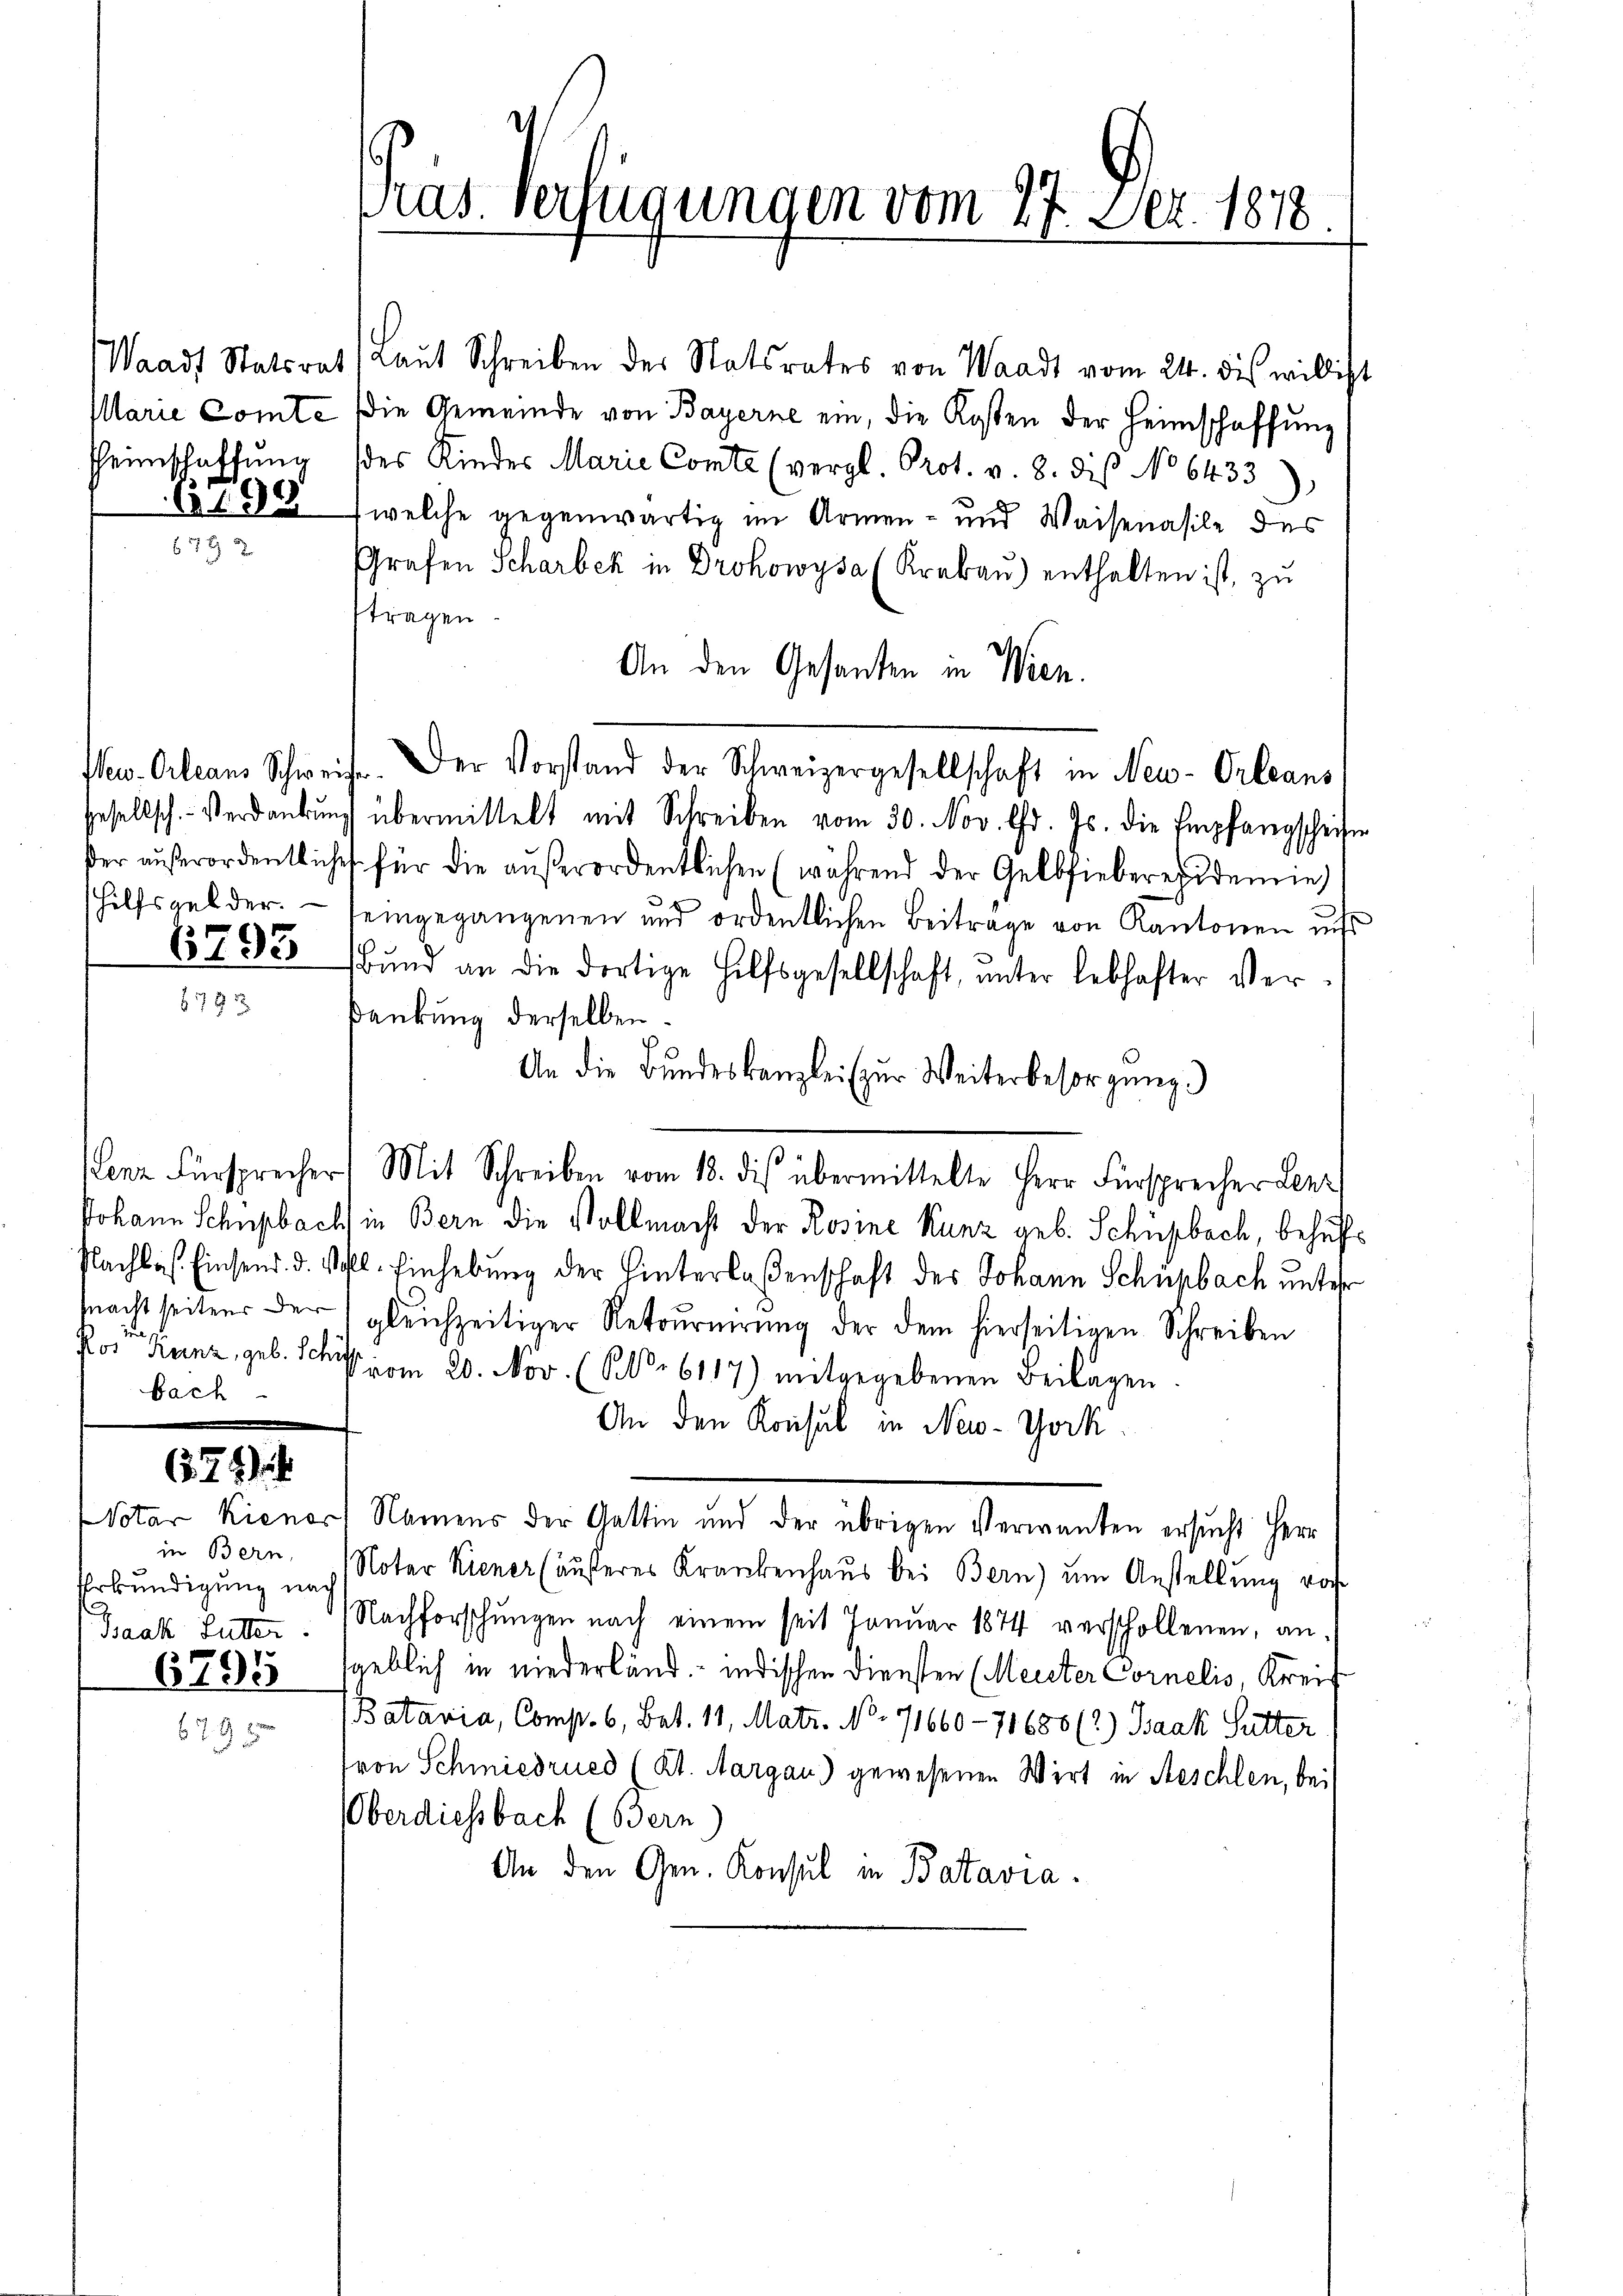
7

744

in Bern,
Baak Suter

6795

ras. Verfügungen vom 27. Dez. 1878.

Waadt Statsrat (Laut Schreiben der Statsrates von Waadt vom 24. dis willigt
Marie Comte (die Gemeinde von Bayerne ein, die Kosten der Heimschaffŭng
Heimschaffŭng des Kinder Marie Comte (vergl. Prot. v. 8. dis No 6433),
62 (welche gegenwärtig im Armen- und Waisenasile des
Grafen Scharbek in Drohowysa (Krabaŭ) enthalten ist, zu
ftragen.
An den Gesanten in Wien.
New-Orleans Schweise. Der Vorstand der Schweizergesellschaft in New-Orleans
esellsch. Verdankŭng übermittelt mit Schreiben vom 30. Nov. l. Js. die Empfangscheifen
er außerordentliches für die außerordentlichen (während der Gelbfiebereidemie
hilfsgelder. seingegangenen und ordentlichen Beitrage von Kantonen uns
67925 und an die dortige Hilfsgesellschaft, ŭnter lebhafter Verankung derselben.
An die Bundeskanzlei zur Weiterbesorgung
Lenz Fürsprecher Mit Schreiben vom 18. des übermittelte Herr Fürsprecher Lenz
Johann Schupbach in Bern die Vollmacht der Rosine Kunz geb. Schüpbach, behuf¬
Nachlas. Einsend. d. Schl. Einhebung der Hinterlassenschaft des Johann Schupbach unter
mnacht seitens der gleichzeitiger Retournirung der dem hierseitigen Schreiben
Posten Kunz, geb. Schrift vom 20. Nov. (S. 6117) mitgegebenen Beilagen
An den Konsul in New-York
Notar Kienort Namens der Gattin und der übrigen Verwanten ersucht Herr
Erkundigung nach Noter Kiener (äŭferes Krankenhaŭs bei Bern) um Anstellŭng vor
Nachforschungen nach einem seit Januar 1874 verschollenen, ansgeblich in niederländ. - indischen Diensten (Meister Cornelis, Kreif
Batavia, Comp. 6, Bat. 11. Matr. No. 71660 - 71688 (2) Baak Sutter
fron Schmiedrued (Kt. Aargau) gewesenen Wirt in Reschlen, bei
OOberdiessbach (Bern)
An den Gen. Konsul in Batavia.